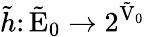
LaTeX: \tilde{h}\colon\tilde{\mathrm{E}}_{0}\rightarrow 2^{\tilde{\mathrm{V}}_{0}}